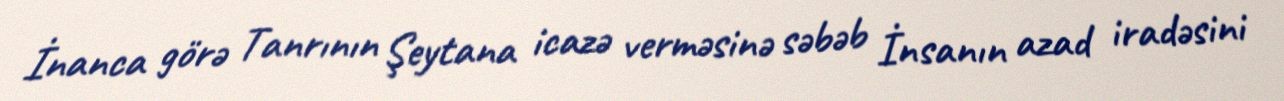
İnanca görə Tanrının Şeytana icazə verməsinə səbəb İnsanın azad iradəsini